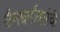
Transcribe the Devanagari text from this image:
जैनधर्मावलंवी